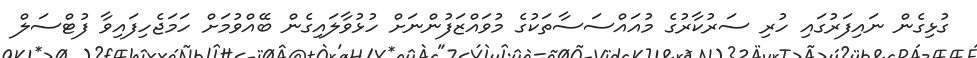
ގުޅިގެން ނައިފަރުގައި ހުރި ސަރުކާރުގެ މުއައްސަސާތަކުގެ މުވައްޒަފުންނަށް ހުޅުވާލައިގެން ބޭއްވުމަށް ހަމަޖެހިފައިވާ ފުޓްސަލް